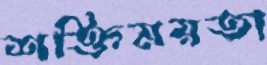
শক্তিময়তা